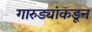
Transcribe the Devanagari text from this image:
गारुड्यांकडून